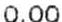
0.00